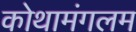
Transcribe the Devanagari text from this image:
कोथामंगलम